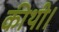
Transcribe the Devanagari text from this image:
कीथी।